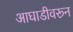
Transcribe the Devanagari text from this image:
आघाडीवरून